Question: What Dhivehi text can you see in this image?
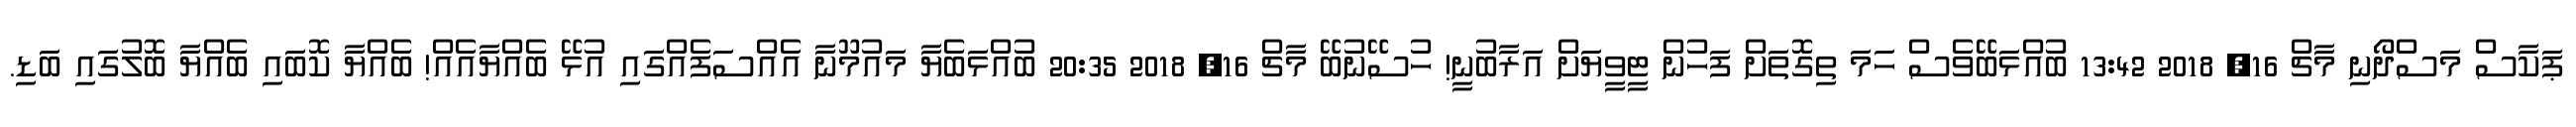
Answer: ޕަކާސް މަސްދޯނި މާޗް 16, 2018 13:42 ބުއްޅަބޭވެސް ހަމަ ތިގޮތަށް ފަހުން ޓީވީޔަށް އަރާބުނީ! ހުސޭނުބޭ މާޗް 16, 2018 20:35 ބުއްޅަބެޔާ މައުމޫނާ އެއްސަފެއްގައި އުޅޭ ބެއްޔާއެއް! ބެއްޔާ ކޮބައި ބެއްޔާ ބޮލުގައި ބަޑި.